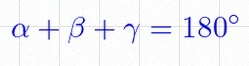
\alpha+\beta+\gamma=180^\circ